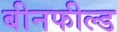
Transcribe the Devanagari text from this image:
बीनफील्ड